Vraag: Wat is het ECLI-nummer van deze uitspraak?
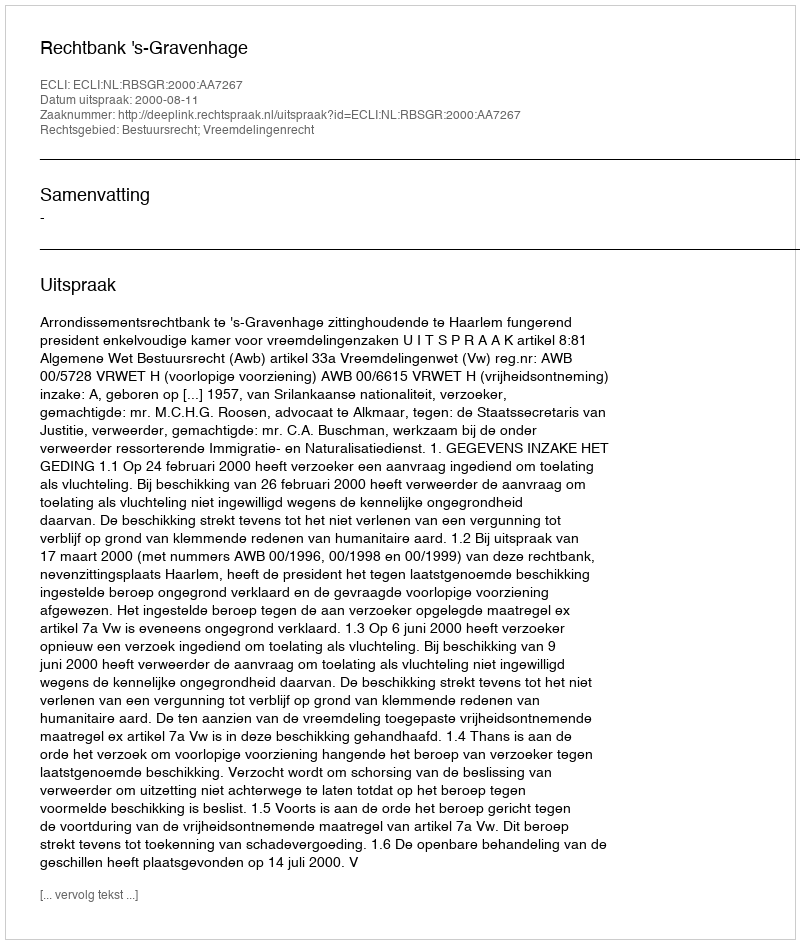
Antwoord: ECLI:NL:RBSGR:2000:AA7267